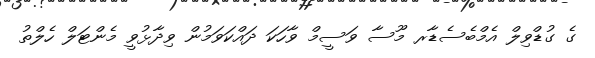
ގެ ގުޑްވިލް އެމްބެސެޑާރ މޫސާ ވަސީމް ވާހަކަ ދައްކަވަމުން ވިދާޅުވީ މެންޓަލް ހެލްތު